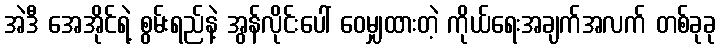
အဲဒီ အေအိုင်ရဲ့ စွမ်းရည်နဲ့ အွန်လိုင်းပေါ် ဝေမျှထားတဲ့ ကိုယ်ရေးအချက်အလက် တစ်ခုခု